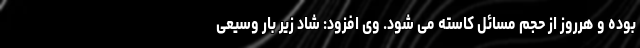
بوده و هرروز از حجم مسائل کاسته می شود. وی افزود: شاد زیر بار وسیعی